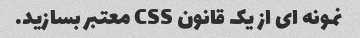
نمونه ای از یک قانون CSS معتبر بسازید.